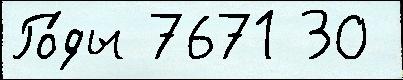
Го́ды 7671 30